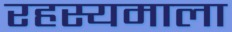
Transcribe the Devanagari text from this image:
रहस्यमाला